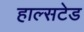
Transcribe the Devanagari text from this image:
हाल्सटेड